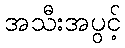
အသီးအပွင့်